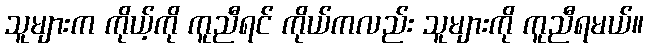
သူများက ကိုယ့်ကို ကူညီရင် ကိုယ်ကလည်း သူများကို ကူညီရမယ်။